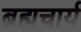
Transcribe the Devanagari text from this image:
ब्रह्मचार्य